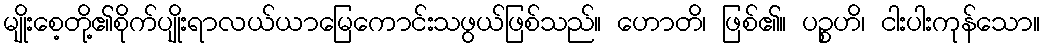
မျိုးစေ့တို့၏စိုက်ပျိုးရာလယ်ယာမြေကောင်းသဖွယ်ဖြစ်သည်။ ဟောတိ၊ ဖြစ်၏။ ပဉ္စဟိ၊ ငါးပါးကုန်သော။